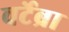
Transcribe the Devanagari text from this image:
वर्टेब्रा